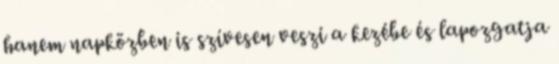
hanem napközben is szívesen veszi a kezébe és lapozgatja